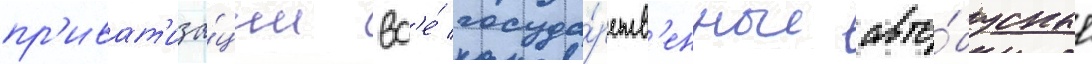
пр'иват'иза́ции вс'е́ госуда́рств'енные авто́бусные